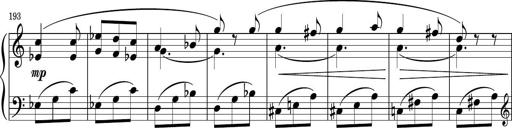
Title: Sonatina PandemÃ³nium
Composer: VÃ­ctor Carbajo
Key: C major